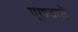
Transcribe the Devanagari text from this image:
पाण्चाये